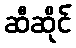
ဆီဆိုင်